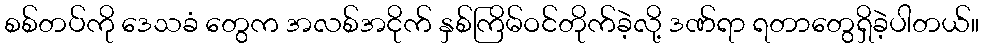
စစ်တပ်ကို ဒေသခံ တွေက အလစ်အငိုက် နှစ်ကြိမ်ဝင်တိုက်ခဲ့လို့ ဒဏ်ရာ ရတာတွေရှိခဲ့ပါတယ်။